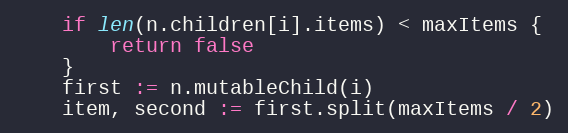
Language: Go
	if len(n.children[i].items) < maxItems {
		return false
	}
	first := n.mutableChild(i)
	item, second := first.split(maxItems / 2)